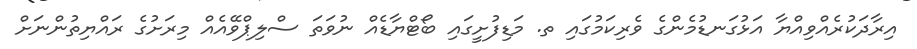
އިރާދަކުރެއްވިއްޔާ އަޅުގަނޑުމެންގެ ވެރިކަމުގައި ތ. މަޑިފުށީގައި ބޯޓްޔާޑެއް ނުވަތަ ސްލިޕްވޭއެއް މިރަށުގެ ރައްޔިތުންނަށް